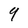
Character: 9